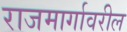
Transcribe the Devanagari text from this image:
राजमार्गावरील